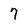
Character: 7